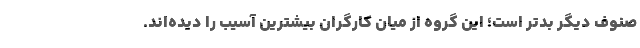
صنوف دیگر بدتر است؛ این گروه از میان کارگران بیشترین آسیب را دیده‌اند.